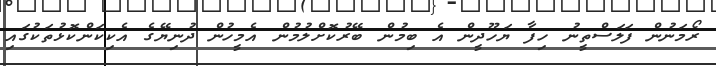
ރޯމަނުން ފަލަސްތީނު ހިފާ ޔަހޫދީން އެ ބިމުން ބޭރުކޮށްލުމުން އެމީހުން ދުނިޔޭގެ އެކިކަންކޮޅުތަކުގައި